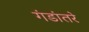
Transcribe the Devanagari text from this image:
गंडांतरे